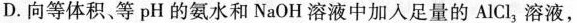
D.向等体积、等pH的氨水和NaOH溶液中加入足量的AlCl，溶液，